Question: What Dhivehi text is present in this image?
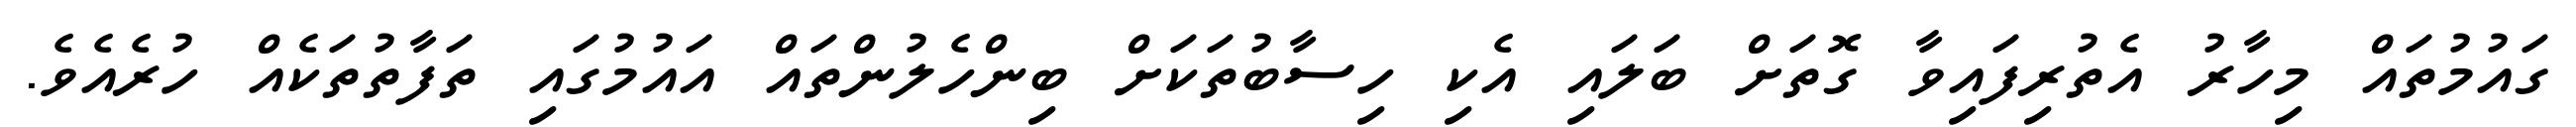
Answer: ގައުމުތައް މިހާރު އެތުރިފައިވާ ގޮތަށް ބަލައި އެކި ހިސާބުތަކަށް ބިންހެލުންތައް އައުމުގައި ތަފާތުތަކެއް ހުރެއެވެ.